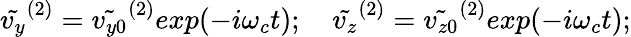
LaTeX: \tilde{v_{y}}^{(2)}=\tilde{v_{y0}}^{(2)}exp(-i\omega_{c}t);\quad\tilde{v_{z}}^{(2)}=\tilde{v_{z0}}^{(2)}exp(-i\omega_{c}t);